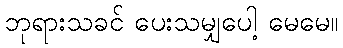
ဘုရားသခင် ပေးသမျှပေါ့ မေမေ။